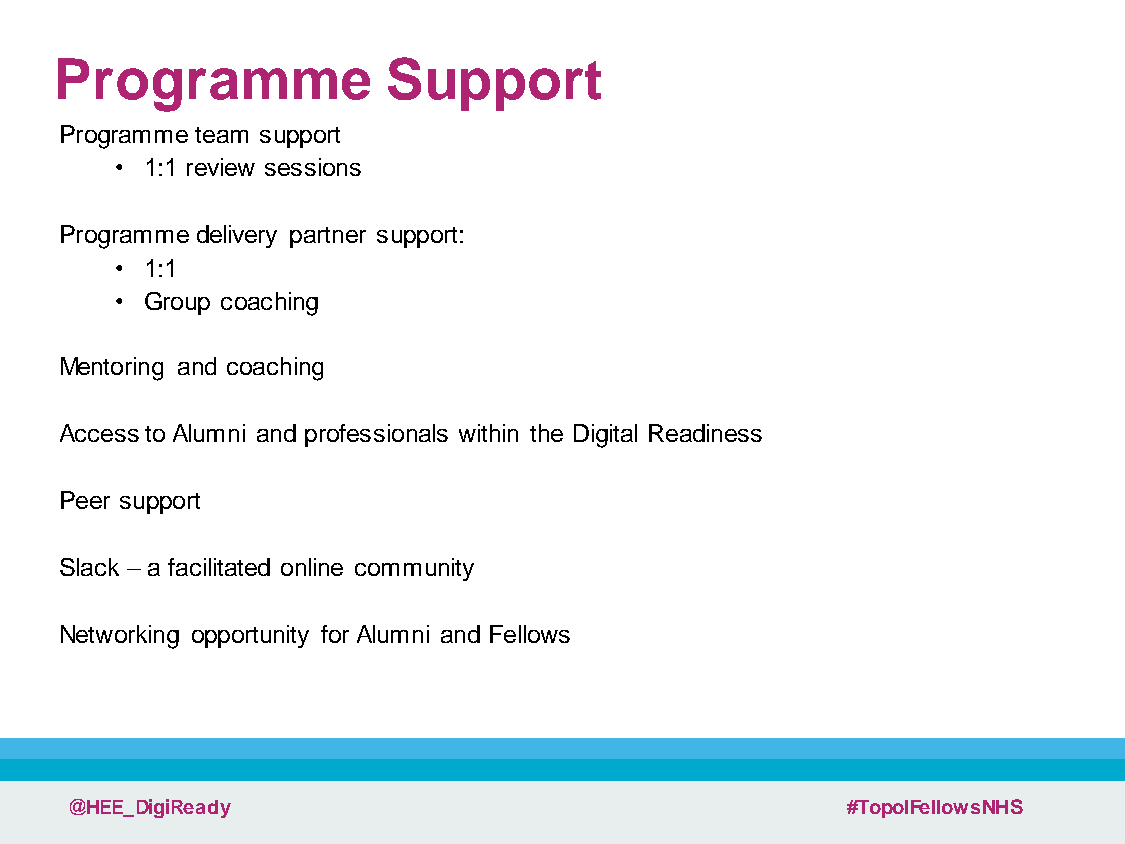
Programme             Support
 Programme team support
 • 1:1 review sessions
 Programme delivery partner support:
 • 1:1
 • Group coaching
 Mentoring and coaching
 Access to Alumni and professionals within the Digital Readiness
 Peer support
 Slack –a facilitated online community
 Networking opportunity for Alumni and Fellows
 @HEE_DigiReady                                      #TopolFellowsNHS